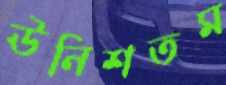
ঊনিশতম